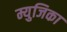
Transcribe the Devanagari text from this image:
म्युजिका